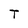
Character: T